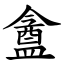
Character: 盦